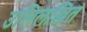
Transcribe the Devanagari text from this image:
उलिलखित